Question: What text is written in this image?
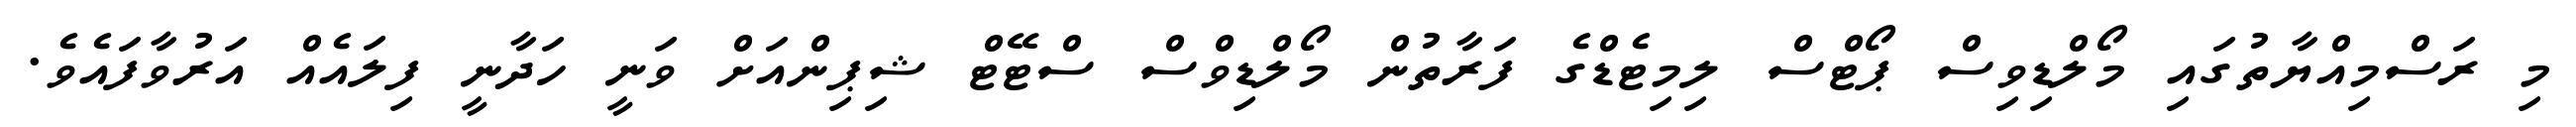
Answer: މި ރަސްމިއްޔާތުގައި މޯލްޑިވިސް ޕޯޓްސް ލިމިޓެޑްގެ ފަރާތުން މޯލްޑިވްސް ސްޓޭޓް ޝިޕިންއަށް ވަނީ ހަދާނީ ފިލައެއް އަރުވާފައެވެ.